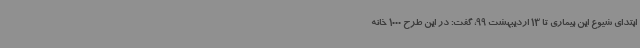
ابتدای شیوع این بیماری تا 13 اردیبهشت 99، گفت: در این طرح 1000 خانه